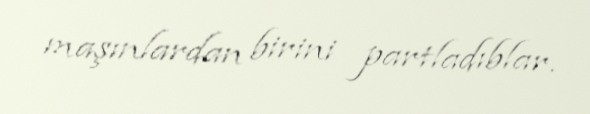
maşınlardan birini partladıblar.